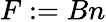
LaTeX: F:=Bn